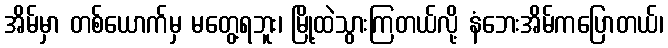
အိမ်မှာ တစ်ယောက်မှ မတွေ့ရဘူး၊ မြို့ထဲသွားကြတယ်လို့ နံဘေးအိမ်ကပြောတယ်၊